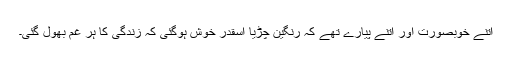
اتنے خوبصورت اور اتنے پیارے تھے کہ رنگین چڑیا اسقدر خوش ہوگئی کہ زندگی کا ہر غم بھول گئی۔